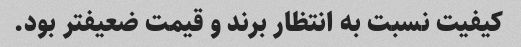
کیفیت نسبت به انتظار برند و قیمت ضعیفتر بود.